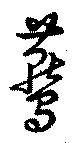
鷰